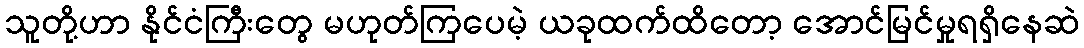
သူတို့ဟာ နိုင်ငံကြီးတွေ မဟုတ်ကြပေမဲ့ ယခုထက်ထိတော့ အောင်မြင်မှုရရှိနေဆဲ